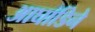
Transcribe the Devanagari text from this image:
आघाडिने